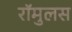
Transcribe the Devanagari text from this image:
रॉमुलस